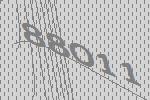
88011